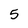
Character: 5